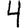
Digit: 4